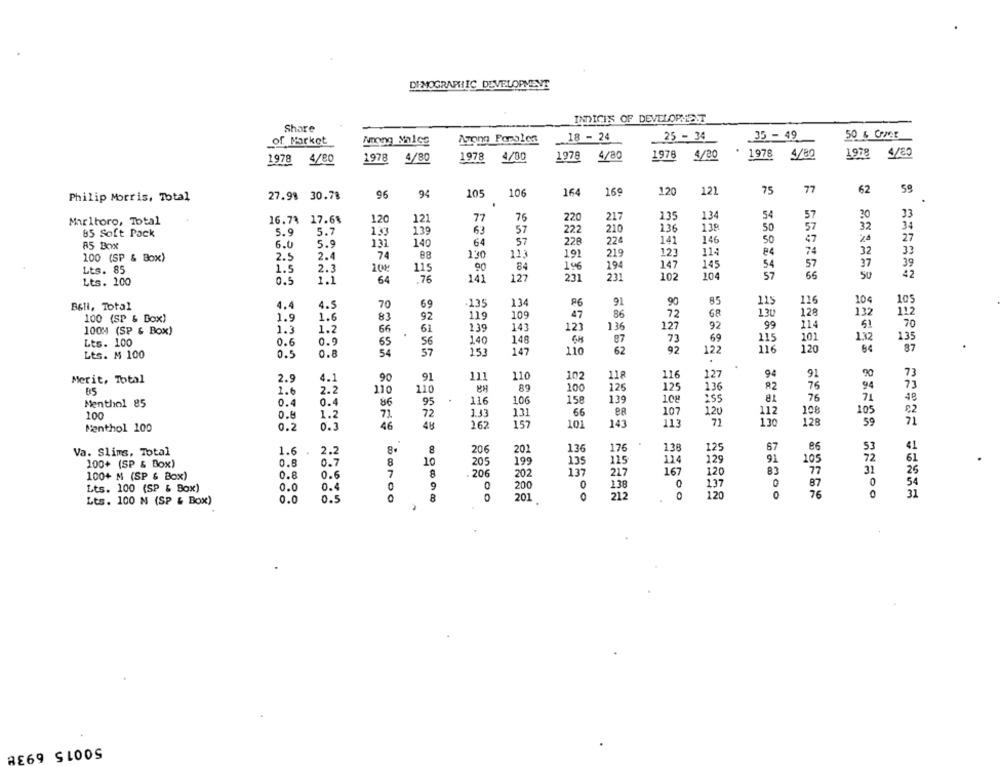
DEMOGRAPHIC DEVELOPMENT
INDICI'S OF DEVELOPMENT
Share
Amonn Forales
18 - 24
25 - 34
35 -49
50 & CCE
of Market
Among Males
1978
4/80
1978 4/80
1978 4/80
1978
4/80
1978
4/20
1978 4/82
1978 4/80
106
164
169
120
121
75
77
62
Philip Morris, Total
27.98 30.78
96
94
105
134
Marlboro, Total
16.73 17.6%
120
121
77
76
220
217
135
54
57
20
33
5.9
5.7
139
63
57
222
210
136
138
50
57
32
34
85 Soft Pack
1.33
27
85 Box
6.0
5.9
131
140
64
57
228
224
141
146
50
47
24
88
130
113
219
123
114
84
74
32
33
100 (SP & Box)
2.5
2.4
74
191
Lts. 85
1.5
2.3
108
90
196
194
147
145
54
57
37
39
115
231
231
102
104
57
55
50
42
Lts. 100
0.5
1.1
64
76
141
127
B6Hl, Total
4.4
4.5
70
69
135
134
86
91
90
115
116
10%
105
109
47
86
72
68
130
128
132
112
100 (SP & Box)
1.9
1.6
83
92
119
1.3
1.2
66
139
143
123
136
127
92
99
114
51
70
1004 (SP & Box)
61
146
69
1.32
Lts. 100
0.6
0.9
65
56
140
87
73
115
101
135
54
57
153
147
110
62
92
122
116
120
87
Lts. M 100
0.5
0.8
111
110
102
127
94
92
90
73
Merit, Total
2.9
4.1
90
91
118
116
2.6
2.2
110
110
100
126
125
136
R2
76
94
73
106
158
139
108
76
71
40
Menthol 85
0.4
0.4
86
95
116
255
0.8
72
72
1.33
131
66
107
120
11:
108
105
€2
100
1.2
71
130
59
71
Menthol 100
0.2
6.5
46
4H
162
157
101
143
113
128
Va. Slims, Total
1.6
8.
8
206
201
136
176
138
125
67
86
53
41
2.2
135
115
114
91
72
61
100+ (SP & Box)
0.8
0.7
8
10
205
199
129
105
100+ M (SP & Box)
0.8
0.6
7
8
206
202
137
217
167
120
83
31
25
138
0
0
54
Lts. 100 (SP & Box)
0.0
0.4
9
0
200
137
87
0.0
0.5
0
8
0
201
0
212
0
120
76
31
Lts. 100 M (SP & Box)
50015 6938